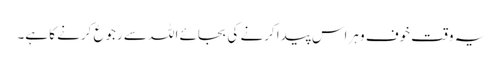
یہ وقت خوف و ہراس پیدا کرنے کی بجائے اللہ سے رجوع کرنے کا ہے۔